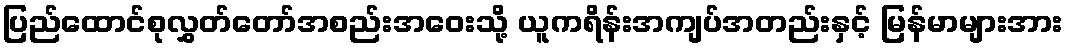
ပြည်ထောင်စုလွှတ်တော်အစည်းအဝေးသို့ ယူကရိန်းအကျပ်အတည်းနှင့် မြန်မာများအား